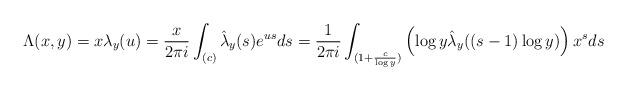
LaTeX: \begin{align*}\Lambda(x,y)=x\lambda_y(u)=\frac{x}{2\pi i}\int_{(c)}\hat{\lambda}_y(s)e^{us}ds=\frac{1 }{2\pi i}\int_{(1+\frac{c}{\log y})}\left(\log y \hat{\lambda}_y((s-1)\log y)\right) x^s ds\end{align*}